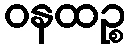
ဝနထဉ္စ